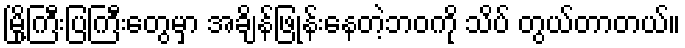
မြို့ကြီးပြကြီးတွေမှာ အချိန်ဖြုန်းနေတဲ့ဘဝကို သိပ် တွယ်တာတယ်။